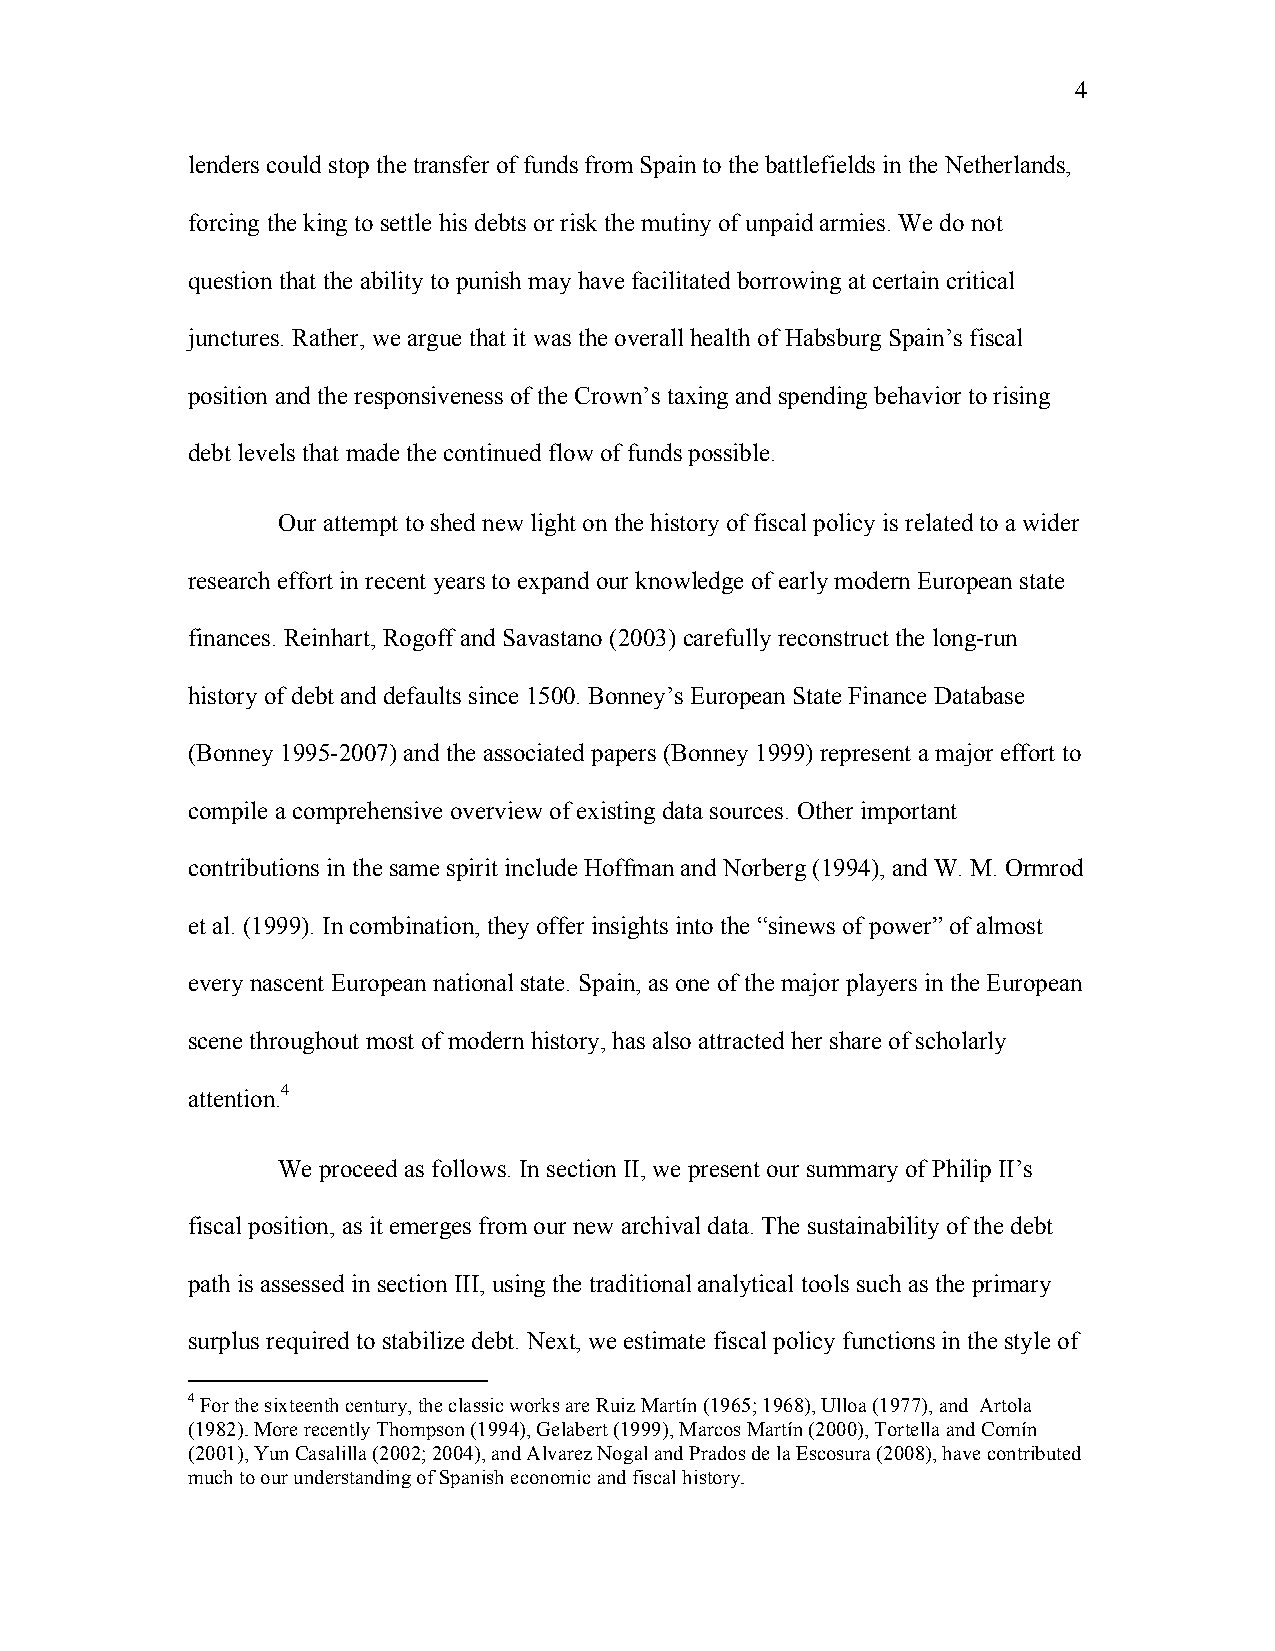
4
 lenders could stop the transfer of funds from Spain to the battlefields in the Netherlands,
 forcing the king to settle his debts or risk the mutiny of unpaid armies. We do not
 question that the ability to punish may have facilitated borrowing at certain critical
 junctures. Rather, we argue that it was the overall health of Habsburg Spain’s fiscal
 position and the responsiveness of the Crown’s taxing and spending behavior to rising
 debt levels that made the continued flow of funds possible.
 Our attempt to shed new light on the history of fiscal policy is related to a wider
 research effort in recent years to expand our knowledge of early modern European state
 finances. Reinhart, Rogoff and Savastano (2003) carefully reconstruct the long-run
 history of debt and defaults since 1500. Bonney’s European State Finance Database
 (Bonney 1995-2007) and the associated papers (Bonney 1999) represent a major effort to
 compile a comprehensive overview of existing data sources. Other important
 contributions in the same spirit include Hoffman and Norberg (1994), and W. M. Ormrod
 et al. (1999). In combination, they offer insights into the “sinews of power” of almost
 every nascent European national state. Spain, as one of the major players in the European
 scene throughout most of modern history, has also attracted her share of scholarly
 attention.4
 We proceed as follows. In section II, we present our summary of Philip II’s
 fiscal position, as it emerges from our new archival data. The sustainability of the debt
 path is assessed in section III, using the traditional analytical tools such as the primary
 surplus required to stabilize debt. Next, we estimate fiscal policy functions in the style of
 4 For the sixteenth century, the classic works are Ruiz Martín (1965; 1968), Ulloa (1977), and Artola
 (1982). More recently Thompson (1994), Gelabert (1999), Marcos Martín (2000), Tortella and Comín
 (2001), Yun Casalilla (2002; 2004), and Alvarez Nogal and Prados de la Escosura (2008), have contributed
 much to our understanding of Spanish economic and fiscal history.